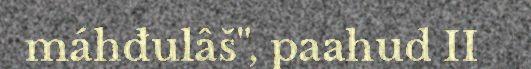
máhđulâš", paahud II